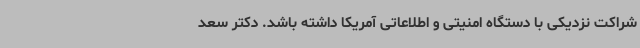
شراکت نزدیکی با دستگاه امنیتی و اطلاعاتی آمریکا داشته باشد. دکتر سعد